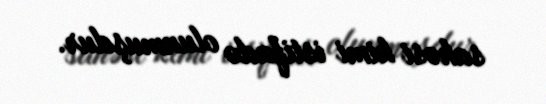
sahəsi kimi istifadə olunmuşdur.